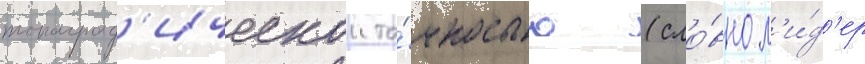
топограф'ическои то́чностью (сло́вно л'и́д'ер